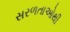
સરળતાઓથી